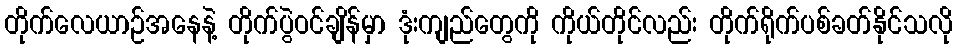
တိုက်လေယာဉ်အနေနဲ့ တိုက်ပွဲဝင်ချိန်မှာ ဒုံးကျည်တွေကို ကိုယ်တိုင်လည်း တိုက်ရိုက်ပစ်ခတ်နိုင်သလို